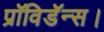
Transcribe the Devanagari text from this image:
प्रॉविडॅन्स।